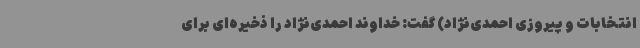
انتخابات و پیروزی احمدی‌نژاد) گفت: خداوند احمدی‌نژاد را ذخیره‌ای برای